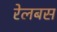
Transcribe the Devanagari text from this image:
रेलबस